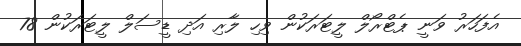
އެފަހަރު ވަނީ ޕެޓްރޯލް ލީޓަރަކުން ވިހި ލާރި އަދި ޑީސަލް ލީޓަރަކުން 78